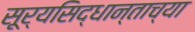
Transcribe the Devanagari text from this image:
सूर्यसिद्धान्ताच्या